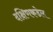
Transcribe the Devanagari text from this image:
दक्षिणकडेल